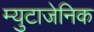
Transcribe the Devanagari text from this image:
म्युटाजेनिक